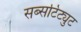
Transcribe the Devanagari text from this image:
सब्सटिट्युट